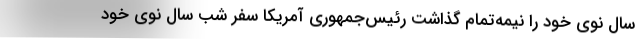
سال نوی خود را نیمه‌تمام گذاشت رئیس‌جمهوری آمریکا سفر شب سال نوی خود